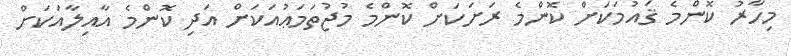
މިހާރު ކޮންމެ ޤައުމަކަށް ކޮންމެ ރަށަކަށް ކޮންމެ މުޖުތަމަޢުއަކަށް އަދި ކޮންމެ އާއިލާއަކަށް